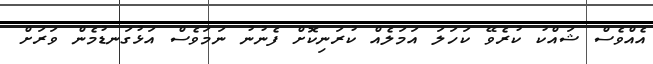
އެއްވެސް ޝައްކު ކުރެވޭ ކަހަލަ އަމަލެއް ކުރަނިކޮށް ފެނުނު ނަމަވެސް އަޅުގަނޑުމެން ވަރަށް